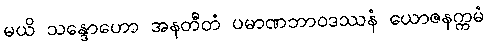
မယိ သန္ဒောဟော အနတီတံ ပမာဏဘာဝဒဿနံ ယောဇနက္ကမံ